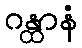
ဂန္ထာနံ